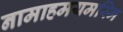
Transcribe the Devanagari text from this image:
नामाहमयमस्मि